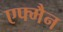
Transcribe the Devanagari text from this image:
एफ्मैन